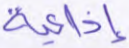
إذاعية